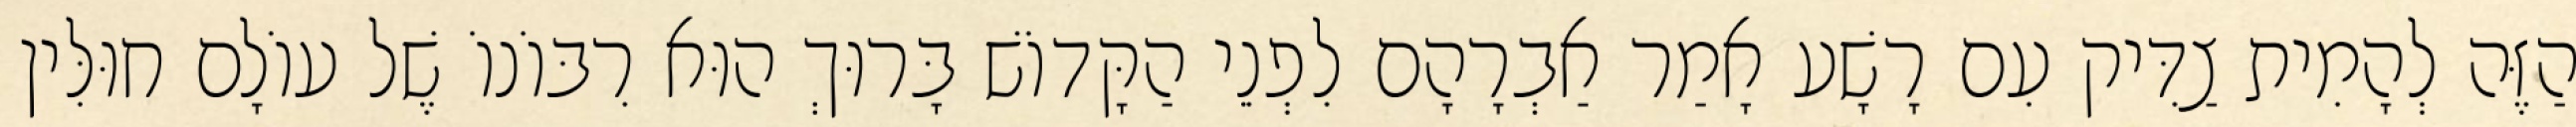
הַזֶּה לְהָמִית צַדִּיק עִם רָשָׁע אָמַר אַבְרָהָם לִפְנֵי הַקָּדוֹשׁ בָּרוּךְ הוּא רִבּוֹנוֹ שֶׁל עוֹלָם חוּלִּין